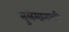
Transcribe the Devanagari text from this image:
सुलेमानाची